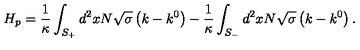
H _ { p } = \frac { 1 } { \kappa } \int _ { S _ { + } } ^ { { } } d ^ { 2 } x N \sqrt { \sigma } \left( k - k ^ { 0 } \right) - \frac { 1 } { \kappa } \int _ { S _ { - } } d ^ { 2 } x N \sqrt { \sigma } \left( k - k ^ { 0 } \right) .